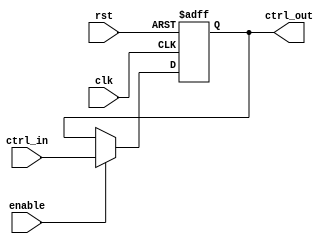
module ControlRegister (
    input wire clk,               // Clock signal
    input wire rst,               // Asynchronous reset signal
    input wire enable,            // Enable signal for updates
    input wire [N-1:0] ctrl_in,   // Control input signals (multi-bit)
    output reg [N-1:0] ctrl_out   // Control output signals (multi-bit)
);
    parameter N = 8;              // Number of control bits (adjustable)

    // Asynchronous reset and clocked behavior
    always @(posedge clk or posedge rst) begin
        if (rst) begin
            ctrl_out <= {N{1'b0}}; // Reset all control bits to 0
        end else if (enable) begin
            ctrl_out <= ctrl_in;   // Update control register with input signals
        end
    end

endmodule